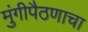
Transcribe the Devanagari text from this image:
मुंगीपैठणाचा